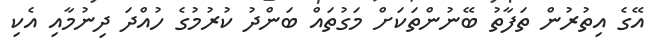
އޭގެ އިތުރުން ތަފާތު ބޭނުންތަކަށް މަގުތައް ބަންދު ކުރުމުގެ ހުއްދަ ދިނުމާއި އެކި